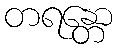
တရန္တော